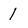
Character: 1